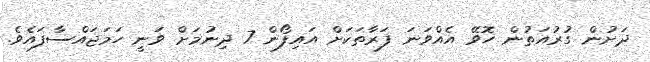
ދަށުން ގުރުއަތުން ހޮވޭ އެއްވަނަ ފަރާތަކަށް އައިފޯން 7 ދިނުމަށް ވަނީ ހަމަޖައްސާފައެވެ.